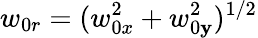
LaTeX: w_{0r}=(w_{0x}^{2}+w_{0\mathbf{y}}^{2})^{1/2}